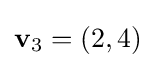
\mathbf {v} _{3}=(2,4)